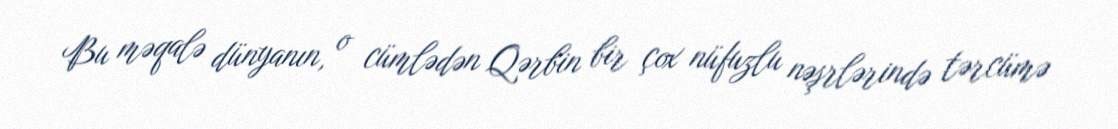
Bu məqalə dünyanın, o cümlədən Qərbin bir çox nüfuzlu nəşrlərində tərcümə